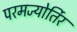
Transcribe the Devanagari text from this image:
परमज्‍योर्तिर